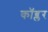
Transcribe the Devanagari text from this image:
कॉब्लर